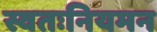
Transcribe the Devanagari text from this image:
स्वतःनियमन